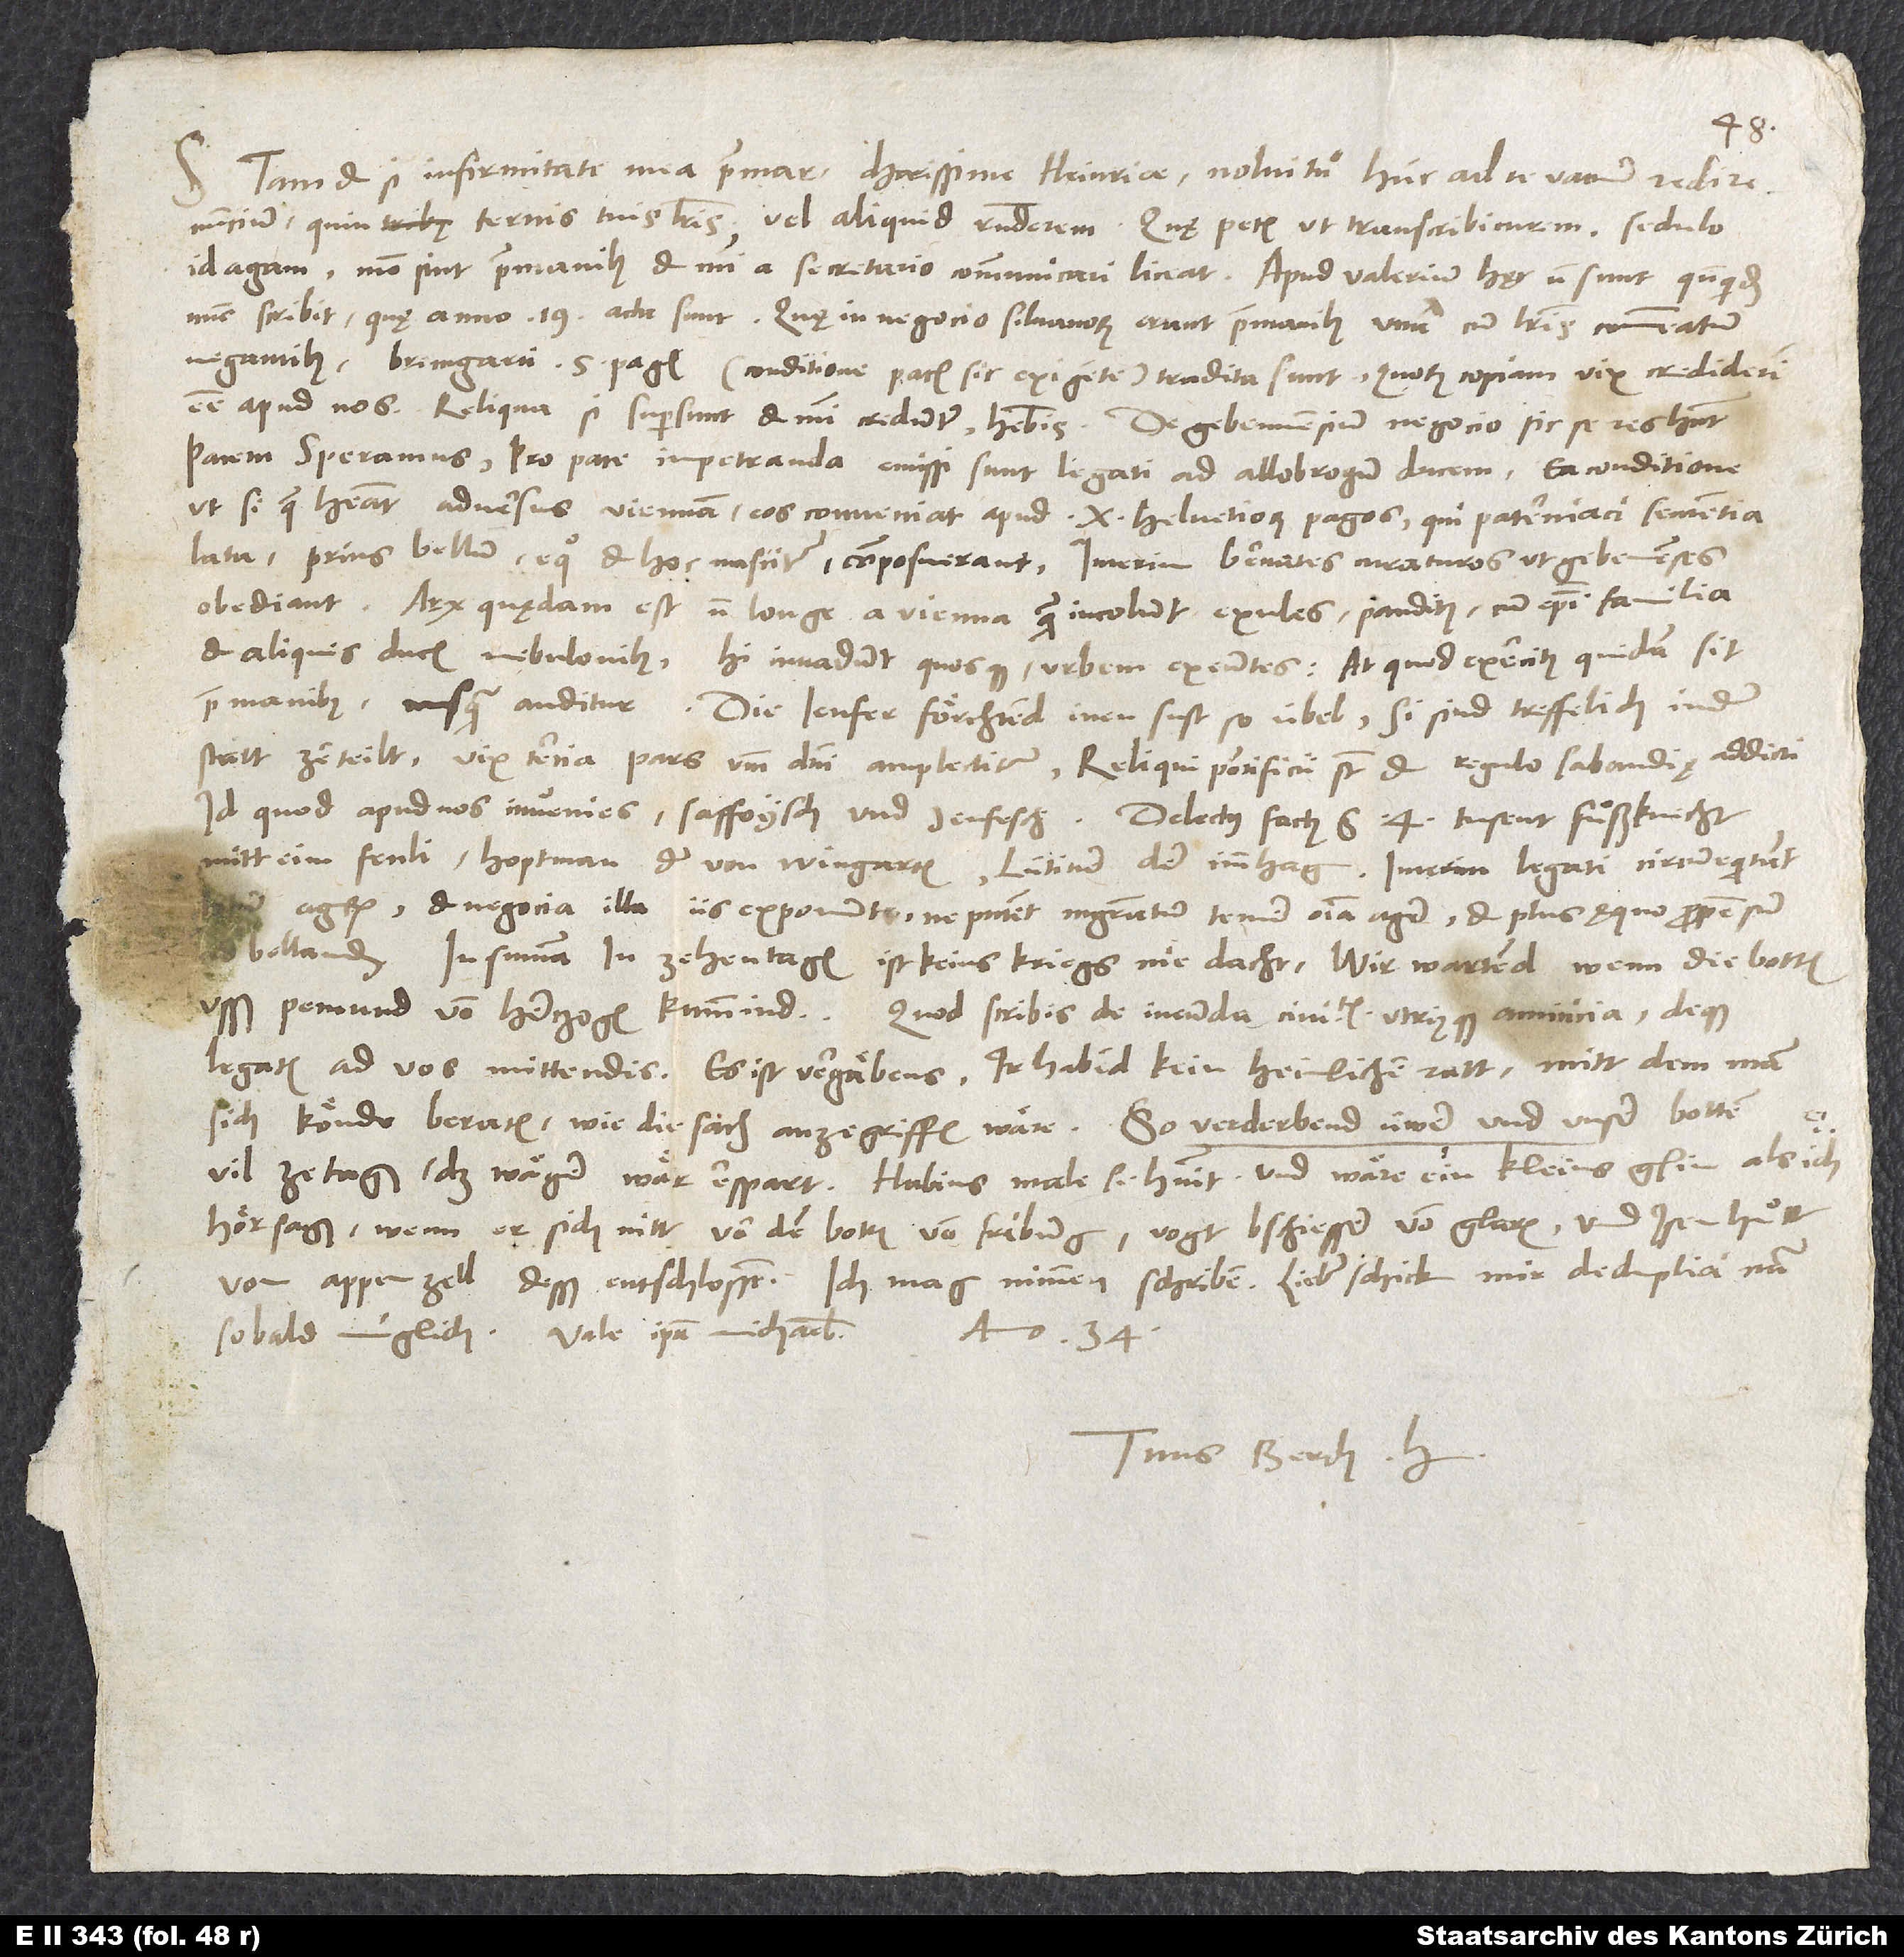
S. Tametsi infirmitate mea premar, charissime Heinrice, nolui tamen hunc ad te vacuum redire
id agam, modo sint prae manibus et mihi a secretario communicari liceat. Apud Valerium hęc non sunt, quandoquidem
nunc scribit, quę anno 19. acta sunt. quae in negocio Silvanorum erant prae manibus, una cum literis commeatum
negantibus Bremgarti 5 Pagis - conditione pacis sic exigente - tradita sunt, quorum copiam vix crediderim
Pacem speramus. Pro pace impetranda emissi sunt legati ad Allobrogum ducem ea conditione,
ut si quę habeat adversus Gebennam, eos conveniat apud Helvetiorum Pagos, qui Paterniaci sententia
obediant. Arx quaedam est non longe a Vienna, quam incolunt exules, panditen, cum episcopi familia
et aliquis ducis nebulonibus. Hi invadunt quosque urbem exeuntes, at quod exercitus quidam sit
prae manibus, nusquam auditur. Die Jenfer förchtend inen sust so übel; si sind treffelich in der
statt zerteilt. Vix tertia pars verbum domini amplectitur. Reliqui pontificii sunt et regulo Sabaudiae addicti,
id quod apud nos invenies saffoysch und jenfisch. Delectus factus est: 4 tusent fuͦßknecht
mitt eim fenli, hoptman der von Wingarten, lütiner der Imm Hag. Interim legati circumequitant
agrum et negocia illa iis exponunt, ne putent magistratum temere omnia agere et plus ęquo propensum
bellandum. In summa: In zehen tagen ist keins kriegs nie dacht. Wir wartend, wenn die botten
legatis ad vos mittendis: Es ist vergäbens; ir habind kein heimlichen ratt, mitt dem man
sich könde beraten, wie die sach anzegriffen wäre. So verderbend üwer und unser botten
vil ze tagen, das wäger wär erspart. Habius male se habuit, und wäre ein kleins gsin, als ich
hör sagen, wenn er sich nitt von dem botten von Friburg, vogt Bschiesser von Glarus und Isenhuͦtt
von Appenzell desß entschlossen. Ich mag nimmen schriben. Lieber, schick mir De duplici natura,
anno 34.
Tuus Berch. H.